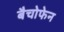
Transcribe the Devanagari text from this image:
बैचोफेन